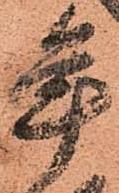
年